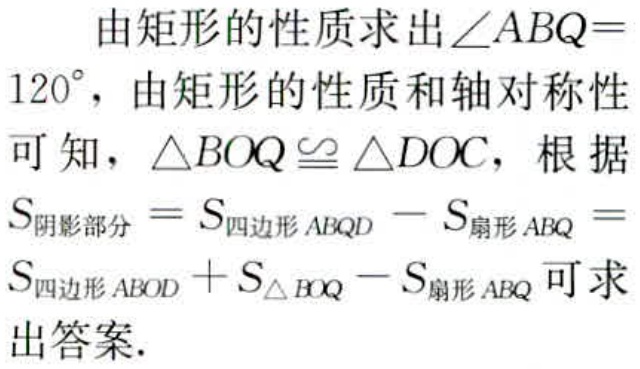
由矩形的性质求出\(\angle ABQ = 120^{\circ}\)，由矩形的性质和轴对称性可知，\(\triangle BOQ\cong\triangle DOC\)，根据\(S_{阴影部分}=S_{四边形ABQD}-S_{扇形ABQ}=S_{四边形ABOD}+S_{\triangle BOQ}-S_{扇形ABQ}\)可求出答案.